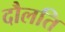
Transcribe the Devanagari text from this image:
दौलति